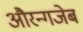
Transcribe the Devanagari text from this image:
औरन्गजेब